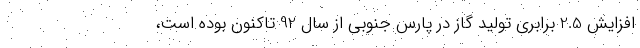
افزایش 2.5 برابری تولید گاز در پارس جنوبی از سال 92 تاکنون بوده است،